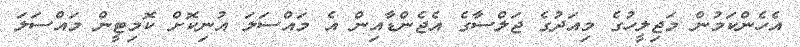
އެހެންކަމުން މަޖިލީހުގެ މިއަދުގެ ޖަލްސާގެ އެޖެންޑާއިން އެ މައްސަލަ އުނިކޮށް ކޮމިޓީން މައްސަލަ